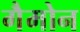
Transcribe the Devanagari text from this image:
गैमोन